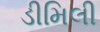
ડીમિલી